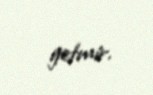
getmir.